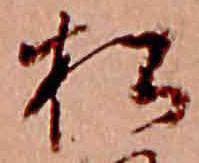
松